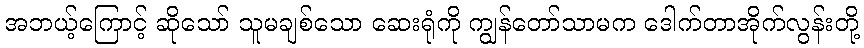
အဘယ့်ကြောင့် ဆိုသော် သူမချစ်သော ဆေးရုံကို ကျွန်တော်သာမက ဒေါက်တာအိုက်လွန်းတို့